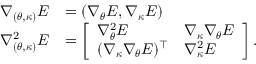
\begin{array} { r l } { \nabla _ { ( { \boldsymbol { \theta } } , { \boldsymbol { \kappa } } ) } E } & { = ( \nabla _ { { \boldsymbol { \theta } } } E , \nabla _ { { \boldsymbol { \kappa } } } E ) } \\ { \nabla _ { ( { \boldsymbol { \theta } } , { \boldsymbol { \kappa } } ) } ^ { 2 } E } & { = \left[ \begin{array} { l l } { \nabla _ { { \boldsymbol { \theta } } } ^ { 2 } E } & { \nabla _ { { \boldsymbol { \kappa } } } \nabla _ { { \boldsymbol { \theta } } } E } \\ { ( \nabla _ { { \boldsymbol { \kappa } } } \nabla _ { { \boldsymbol { \theta } } } E ) ^ { \intercal } } & { \nabla _ { { \boldsymbol { \kappa } } } ^ { 2 } E } \end{array} \right] . } \end{array}